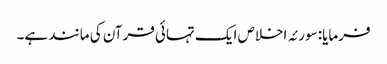
فرمایا: سورئہ اخلاص ایک تہائی قرآن کی مانند ہے۔